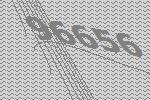
96656